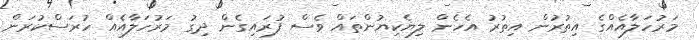
މަރުހަލާއެއްގެ އިތުރުން އިތުރު އެހެން ލިޔެކިޔުންތައް ވެސް ފުރައިގެން ދިގު މަރުހަލާއެއް ހުރަސްކުރަން